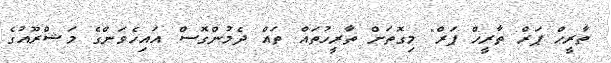
ތާރީހް ޕަރް ތާރީހް ޕަރް" މިގޮތަށް ތާރީހުތައް ތައް ދެމުންގޮސް އައިހެވަންގެ މަޝްރޫއުގެ